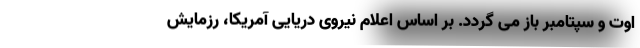
اوت و سپتامبر باز می گردد. بر اساس اعلام نیروی دریایی آمریکا، رزمایش